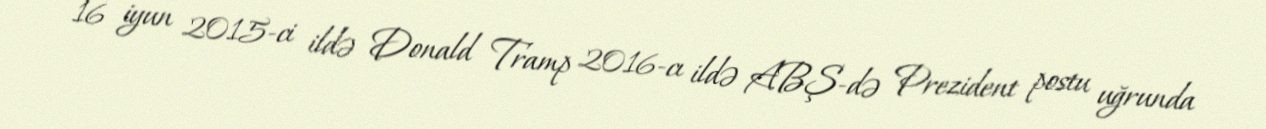
16 iyun 2015-ci ildə Donald Tramp 2016-cı ildə ABŞ-də Prezident postu uğrunda